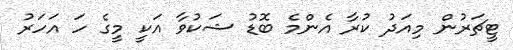
ޓީޗަރުން މިއަދު ކުރާ އެންމެ ބޮޑު ޝަކުވާ އަކީ މީގެ ހަ އަހަރު